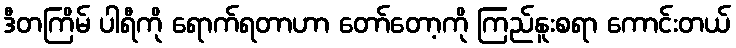
ဒီတကြိမ် ပါရီကို ရောက်ရတာဟာ တော်တော့ကို ကြည်နူးစရာ ကောင်းတယ်